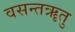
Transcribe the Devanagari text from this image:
वसन्तॠतु